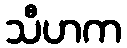
သီဟက